Medical and sanitary report of the native army of Madras for the year
Year: 1876
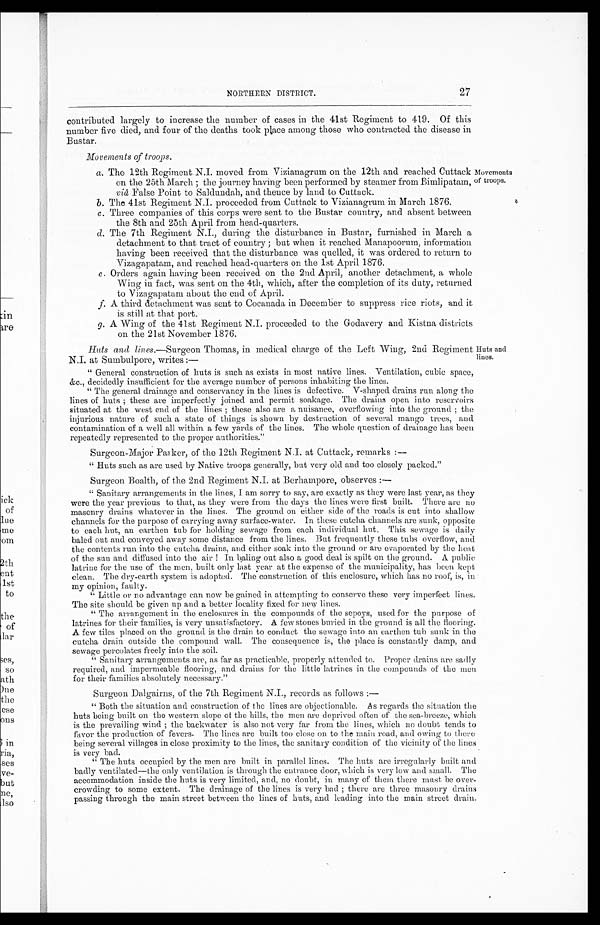
27
NORTHERN DISTRICT.
contributed largely to increase the number of cases in the 41st Regiment to 419. Of this
number five died, and four of the deaths took place among those who contracted the disease in
Bustar.
Movements of troops.
a . T h e 1 2 t h R e g i m e n t N . I . m o v e d f r o m V i z i a n a g r u m o n t h e 1 2 t h a n d r e a c h e d C u t t a c k
on the 25th March; the journey having been performed by steamer from Bimlipatam,
viâ False Point to Saldundah, and thence by land to Cuttack.
b . T h e 4 1 s t R e g i m e n t N . I . p r o c e e d e d f r o m C u t t a c k t o V i z i a n a g r u m i n M a r c h 1 8 7 6 .
c. Three companies of this corps were sent to the Bustar country, and absent between
the 8th and 25th April from head-quarters.
d. The 7th Regiment N.I., during the disturbance in Buster, furnished in March a
detachment to that tract of country; but when it reached Manapoorum, information
having been received that the disturbance was quelled, it was ordered to return to
Vizagapatam, and reached head-quarters on the 1st April 1876.
e .
O r d e r s a g a i n h a v i n g b e e n r e c e i v e d o n t h e 2 n d A p r i l , a n o t h e r d e t a c h m e n t , a w h o l e
Wing in fact, was sent on the 4th, which, after the completion of its duty, returned
to Vizagapatam about the end of April.
f .
A t h i r d d e t a c h m e n t w a s s e n t t o C o c a n a d a i n D e c e m b e r t o s u p p r e s s r i c e r i o t s , a n d i t
is still at that port.
g .
A W i n g o f t h e 4 1 s t R e g i m e n t N . I . p r o c e e d e d t o t h e G o d a v e r y a n d K i s t n a d i s t r i c t s
on the 21st November 1876.
Movements
of troops.
Huts and lines.— Surgeon Thomas, in medical charge of the Left Wing, 2nd Regiment
N.I. at Sumbulpore, writes : —
"General construction of huts is such as exists in most native lines. Ventilation, cubic space,
&c., decidedly insufficient for the average number of persons inhabiting the lines.
"The general drainage and conservancy in the lines is defective. V-shaped drains run along the
lines of huts; these are imperfectly joined and permit soakage. The drains open into reservoirs
situated at the west end of the lines; these also are a nuisance, overflowing into the ground; the
injurious nature of such a state of things is shown by destruction of several mango trees, and
contamination of a well all within a few yards of the lines. The whole question of drainage has been
repeatedly represented to the proper authorities."
Surgeon-Major Parker, of the 12th Regiment N.I. at Cuttack, remarks:—
" Huts such as are used by Native troops generally, but very old and too closely packed."
Surgeon Boalth, of the 2nd Regiment N.I. at Berhampore, observes:—
" Sanitary arrangements in the lines, I am sorry to say, are exactly as they were last year, as they
were the year previous to that, as they were from the days the lines were first built. There are no
masonry drains whatever in the lines. The ground on either side of the roads is cut into shallow
channels for the purpose of carrying away surface-water. In these cutcha channels are sunk, opposite
to each hut, an earthen tub for holding sewage from each individual hut. This sewage is daily
baled out and conveyed away some distance from the lines. But frequently these tubs overflow, and
the contents run into the cutcha drains, and either soak into the ground or are evaporated by the heat
of the sun and diffused into the air! Iu baling out also a good deal is spilt on the ground. A public
latrine for the use of the men, built only last year at the expense of the municipality, has been kept
clean. The dry-earth system is adopted. The construction of this enclosure, which has no roof, is, in
my opinion, faulty.
"Little or no advantage can now be gained in attempting to conserve these very imperfect lines.
The site should be given up and a better locality fixed for new lines.
"The arrangement in the enclosures in the compounds of the sepoys, used for the purpose of
latrines for their families, is very unsatisfactory. A few stones buried in the ground is all the flooring.
A few tiles placed on the ground is the drain to conduct the sewage into an earthen tub sunk in the
cutcha drain outside the compound wall. The consequence is, the place is constantly damp, and
sewage percolates freely into the soil.
"Sanitary arrangements are, as far as practicable, properly attended to. Proper drains am sadly
required, and impermeable flooring, and drains for the little latrines in the compounds of the
m e n
f o r t h e i r f a m i l i e s a b s o l u t e l y n e c e s s a r y . "
Surgeon Dalgairns, of the 7th Regiment N.I., records as follows:
—
"Both the situation and construction of the lines are objectionable. As regards the situation the
huts being built on the western slope of the hills, the men are deprived often of the sea-breeze, which
is the prevailing wind; the backwater is also not very far from the lines, which no doubt tends to
favor the production of fevers. The lines are built too close on to the main road, and owing to there
being several villages in close proximity to the lines, the sanitary condition of the vicinity of the lines
is very bad.
"The huts occupied by the men are built in parallel lines. The huts are irregularly built and
badly ventilated—the only ventilation is through the entrance door, which is very low and small. The
accommodation inside the huts is very and, no doubt, in many of them there mast be over
- c r o w d i n g t o s o m e e x t e n t . T h e d r a i n a g e o f t h e l i n e s i s v e r y b a d ; t h e r e a r e t h r e e m a s o n r y d r a i n s
passing through the main street between the lines of huts, and leading into the main street drain.
Huts and
lines.